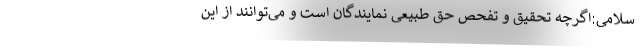
سلامی:اگرچه تحقیق و تفحص حق طبیعی نمایندگان است و می‌توانند از این